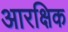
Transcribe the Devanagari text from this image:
आरक्षिक